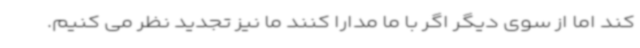
کند اما از سوی دیگر اگر با ما مدارا کنند ما نیز تجدید نظر می کنیم.